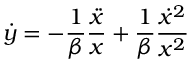
\dot { y } = - \frac { 1 } { \beta } \frac { \ddot { x } } { x } + \frac { 1 } { \beta } \frac { \dot { x } ^ { 2 } } { x ^ { 2 } }